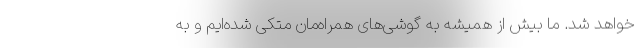
خواهد شد. ما بیش از همیشه به گوشی‌های همراه‌مان متکی شده‌ایم و به